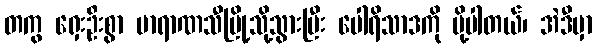
တကွ ရှေးဦးစွာ ဗာရာဏသီမြို့သို့သွားပြီး ပေါရိသာဒကို ပို့ပါတယ်၊ အဲဒီမှာ